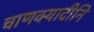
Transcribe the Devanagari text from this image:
चाणक्यादीनि